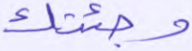
وجئتك